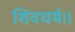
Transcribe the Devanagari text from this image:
शिवधर्म।।